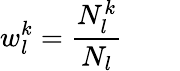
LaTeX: w_{l}^{k}=\frac{N_{l}^{k}}{N_{l}}\qquad